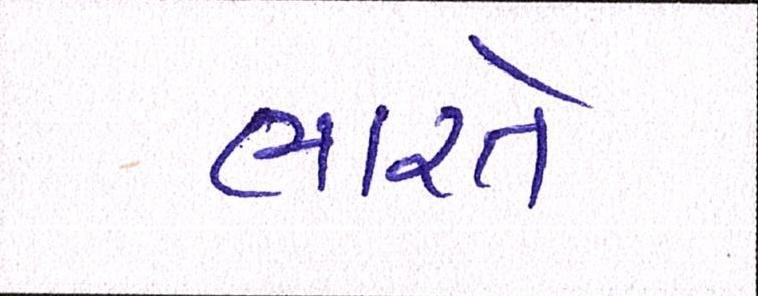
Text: ભારતે